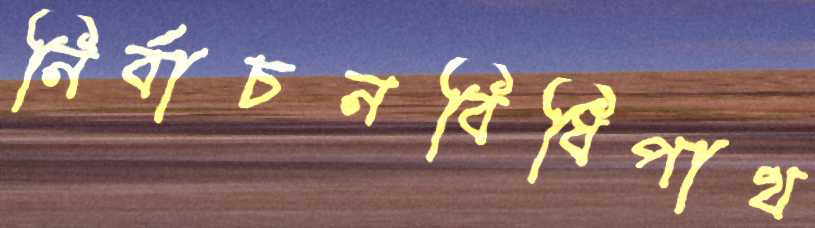
নির্বাচনবিধিপাথ